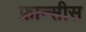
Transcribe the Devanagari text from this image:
फ्रान्सीस